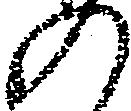
の